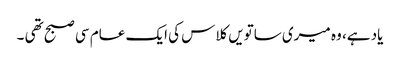
یاد ہے، وہ میری ساتویں کلاس کی ایک عام سی صبح تھی ۔